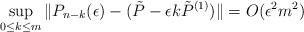
LaTeX: \begin{align*}\sup_{0\le k \le m} \| P_{n-k}(\epsilon) - (\tilde{P}-\epsilon k\tilde{P}^{(1)}) \| = O(\epsilon^2 m^2)\end{align*}